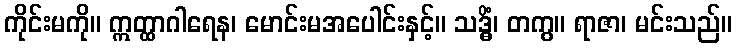
ကိုင်းမကို။ ဣတ္ထာဂါရေန၊ မောင်းမအပေါင်းနှင့်။ သဒ္ဓိံ၊ တကွ။ ရာဇာ၊ မင်းသည်။